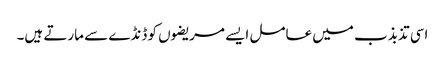
اسی تذبذب میں عامل ایسے مریضوں کو ڈنڈے سے مارتے ہیں۔